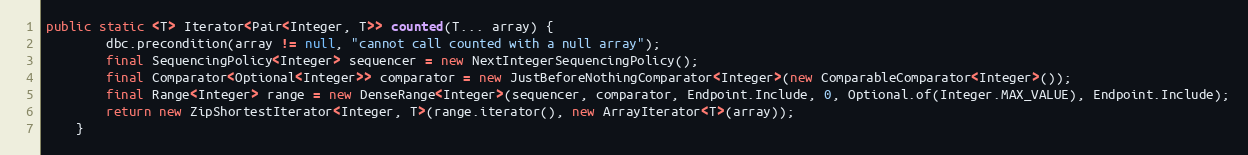
Language: Java
public static <T> Iterator<Pair<Integer, T>> counted(T... array) {
        dbc.precondition(array != null, "cannot call counted with a null array");
        final SequencingPolicy<Integer> sequencer = new NextIntegerSequencingPolicy();
        final Comparator<Optional<Integer>> comparator = new JustBeforeNothingComparator<Integer>(new ComparableComparator<Integer>());
        final Range<Integer> range = new DenseRange<Integer>(sequencer, comparator, Endpoint.Include, 0, Optional.of(Integer.MAX_VALUE), Endpoint.Include);
        return new ZipShortestIterator<Integer, T>(range.iterator(), new ArrayIterator<T>(array));
    }